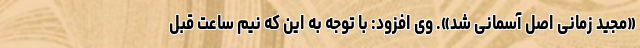
«مجید زمانی اصل آسمانی شد». وی افزود: با توجه به این که نیم ساعت قبل